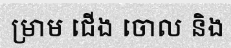
ម្រាម ជើង ចោល និង